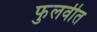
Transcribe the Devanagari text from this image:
फुलवीत